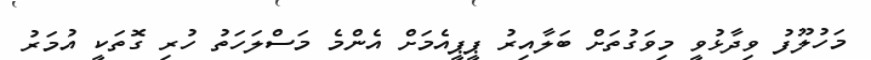
މަހުލޫފު ވިދާޅުވީ މިވަގުތަށް ބަލާއިރު ޕީޕީއެމަށް އެންމެ މަސްލަހަތު ހުރި ގޮތަކީ އުމަރު